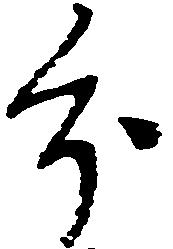
分